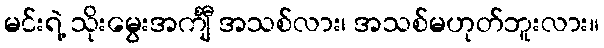
မင်းရဲ့ သိုးမွေးအင်္ကျီ အသစ်လား၊ အသစ်မဟုတ်ဘူးလား။